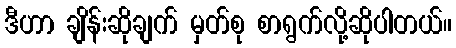
ဒီဟာ ချိန်းဆိုချက် မှတ်စု စာရွက်လို့ဆိုပါတယ်။